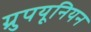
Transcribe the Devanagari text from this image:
ग्रुपयूनियन